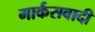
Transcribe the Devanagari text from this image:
मार्कसवादी